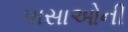
પાસાઓની